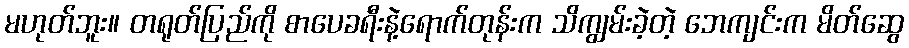
မဟုတ်ဘူး။ တရုတ်ပြည်ကို စာပေခရီးနဲ့ရောက်တုန်းက သိကျွမ်းခဲ့တဲ့ ဘေကျင်းက မိတ်ဆွေ